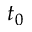
t _ { 0 }